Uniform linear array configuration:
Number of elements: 8
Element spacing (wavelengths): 0.5
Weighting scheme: kaiser
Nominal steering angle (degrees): -15
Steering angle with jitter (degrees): -15.455
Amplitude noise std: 0.05
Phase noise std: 0.05

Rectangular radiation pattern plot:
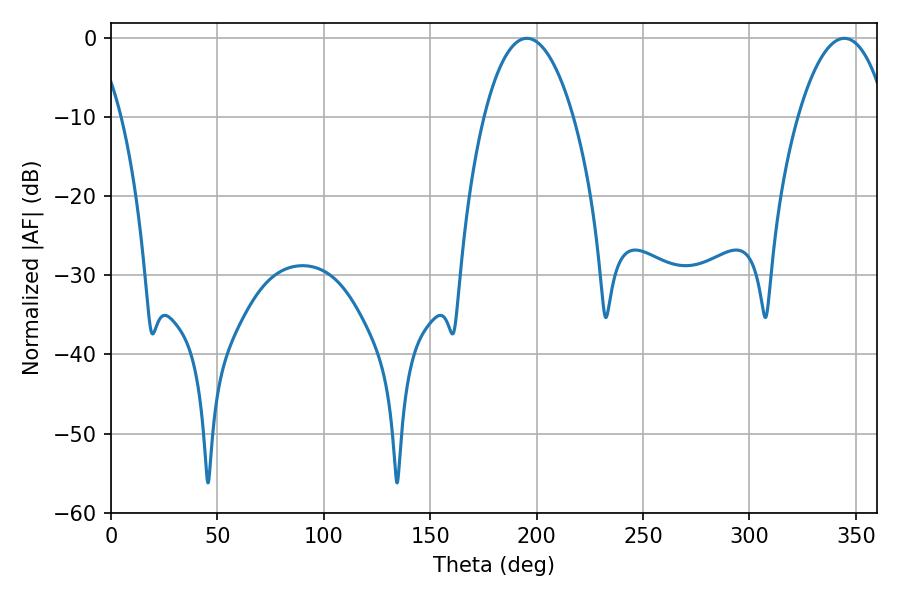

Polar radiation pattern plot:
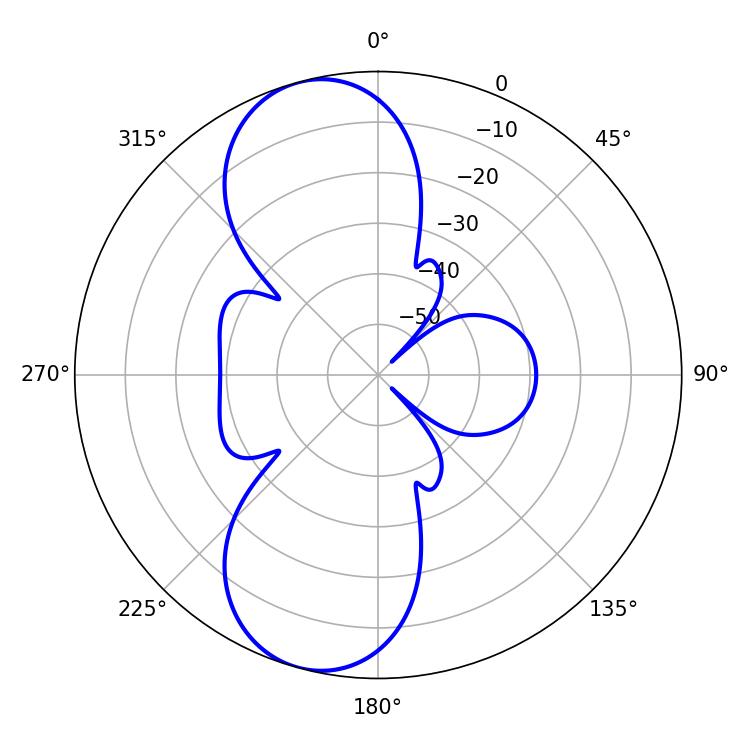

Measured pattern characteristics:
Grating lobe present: FALSE
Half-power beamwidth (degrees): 23.4
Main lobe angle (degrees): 195.48